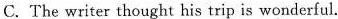
C. The writer thought his trip is wonderful.